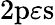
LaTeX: \mathrm{2p}\varepsilon\mathrm{s}